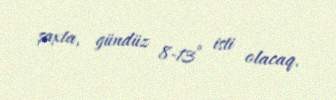
şaxta, gündüz 8-13° isti olacaq.